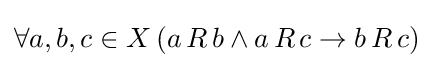
\forall a,b,c\in X\,(a\,R\,b\land a\,R\,c\to b\,R\,c)